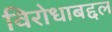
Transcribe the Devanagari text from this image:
विरोधाबद्दल